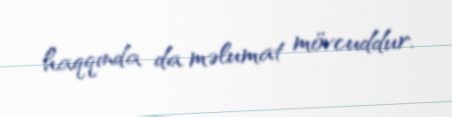
haqqında da məlumat mövcuddur.